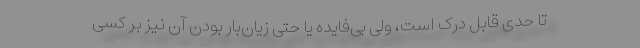
تا حدی قابل درک است، ولی بی‌فایده یا حتی زیان‌بار بودن آن نیز بر کسی